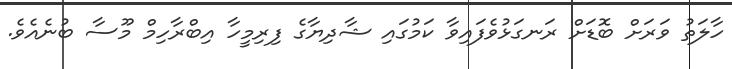
ހާލަތު ވަރަށް ބޮޑަށް ރަނގަޅުވެފައިވާ ކަމުގައި ޝާދިޔާގެ ފިރިމީހާ އިބްރާހިމް މޫސާ ބުނެއެވެ.